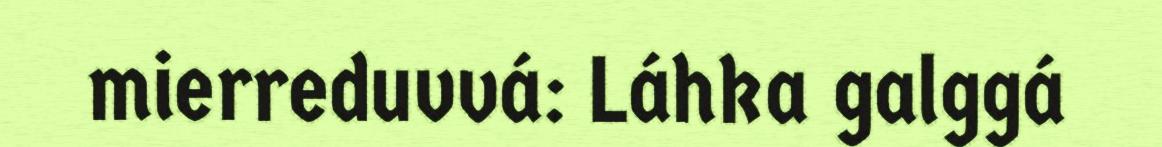
mierreduvvá: Láhka galggá